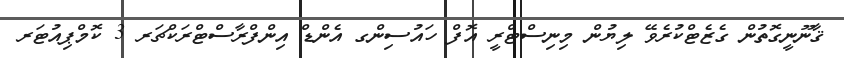
ޤާނޫނީގޮތުން ގެޒެޓްކުރެވޭ ލިޔުން މިނިސްޓްރީ އޮފް ހައުސިންގ އެންޑް އިންފްރާސްޓްރަކްޗަރ 3 ކޮމްޕިއުޓަރ